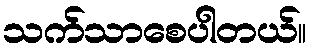
သက်သာစေပါတယ်။